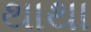
થાથા